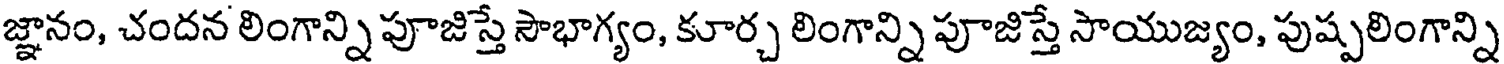
జ్ఞానం, చందన లింగాన్ని పూజిస్తే సౌభాగ్యం, కూర్చ లింగాన్ని పూజిస్తే సాయుజ్యం, పుష్పలింగాన్ని